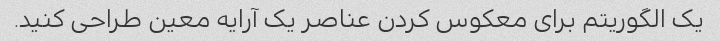
یک الگوریتم برای معکوس کردن عناصر یک آرایه معین طراحی کنید.